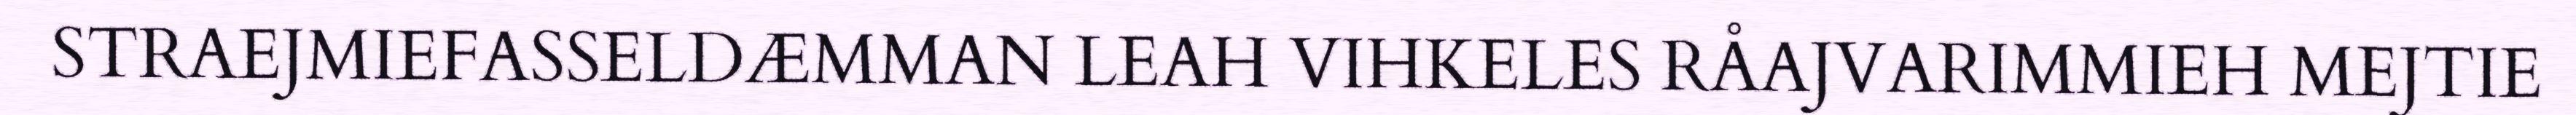
STRAEJMIEFASSELDÆMMAN LEAH VIHKELES RÅAJVARIMMIEH MEJTIE